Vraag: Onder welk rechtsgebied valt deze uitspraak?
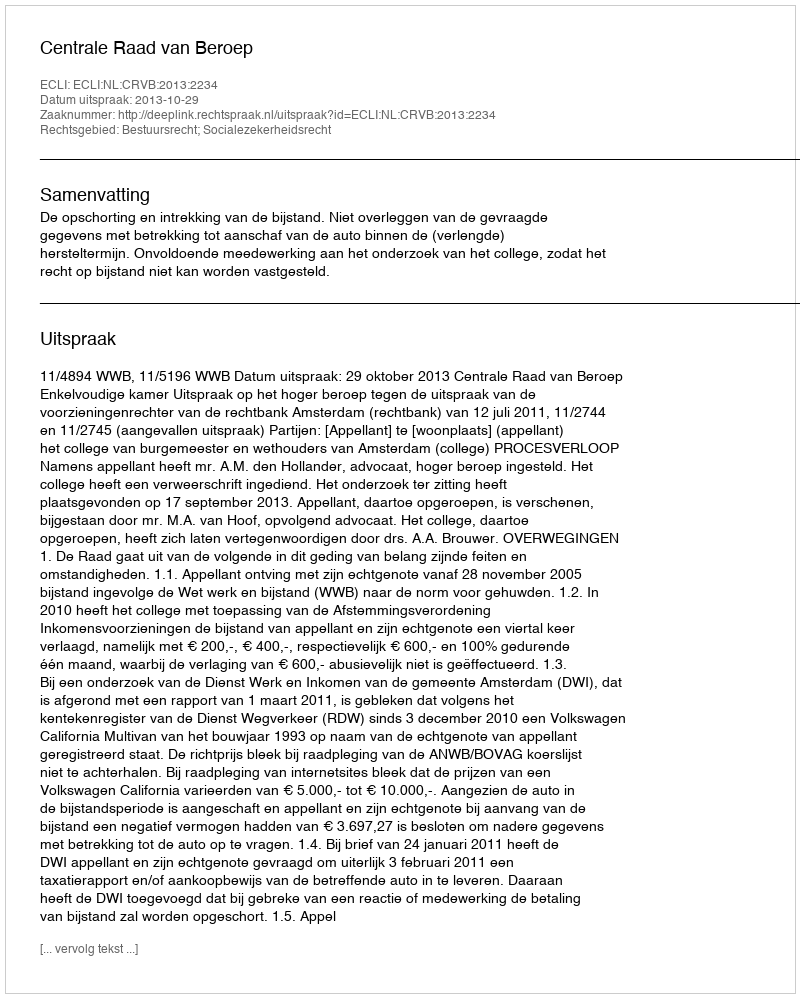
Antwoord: Bestuursrecht; Socialezekerheidsrecht